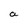
Character: a